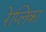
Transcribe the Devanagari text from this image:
रेप्लिका